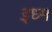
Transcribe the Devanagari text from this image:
इध्म